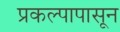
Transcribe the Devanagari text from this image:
प्रकल्पापासून